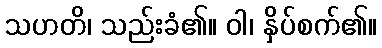
သဟတိ၊ သည်းခံ၏။ ဝါ၊ နှိပ်စက်၏။